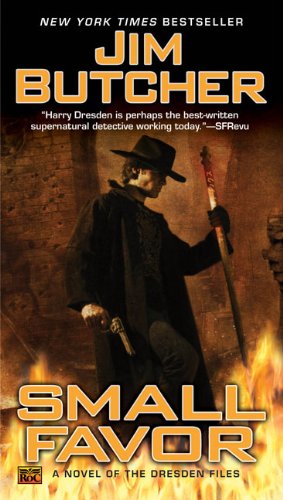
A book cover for Small Favor (The Dresden Files, Book 10); Jim Butcher; Science Fiction & Fantasy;